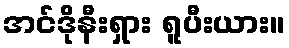
အင်ဒိုနီးရှား ရူပီးယား။